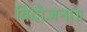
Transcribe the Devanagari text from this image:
विदोजना॥